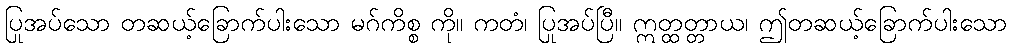
ပြုအပ်သော တဆယ့်ခြောက်ပါးသော မဂ်ကိစ္စ ကို။ ကတံ၊ ပြုအပ်ပြီ။ ဣတ္ထတ္တာယ၊ ဤတဆယ့်ခြောက်ပါးသော